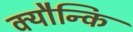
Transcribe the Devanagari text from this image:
क्यौन्कि